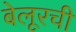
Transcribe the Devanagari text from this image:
बेलूरची